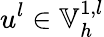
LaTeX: u^{l}\in\mathbb{V}_{h}^{1,l}